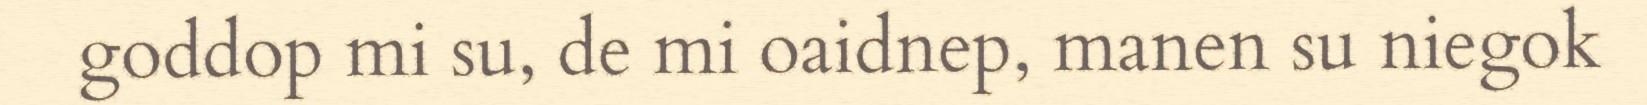
goddop mi su, de mi oaidnep, manen su niegok